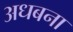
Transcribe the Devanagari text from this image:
अधबना